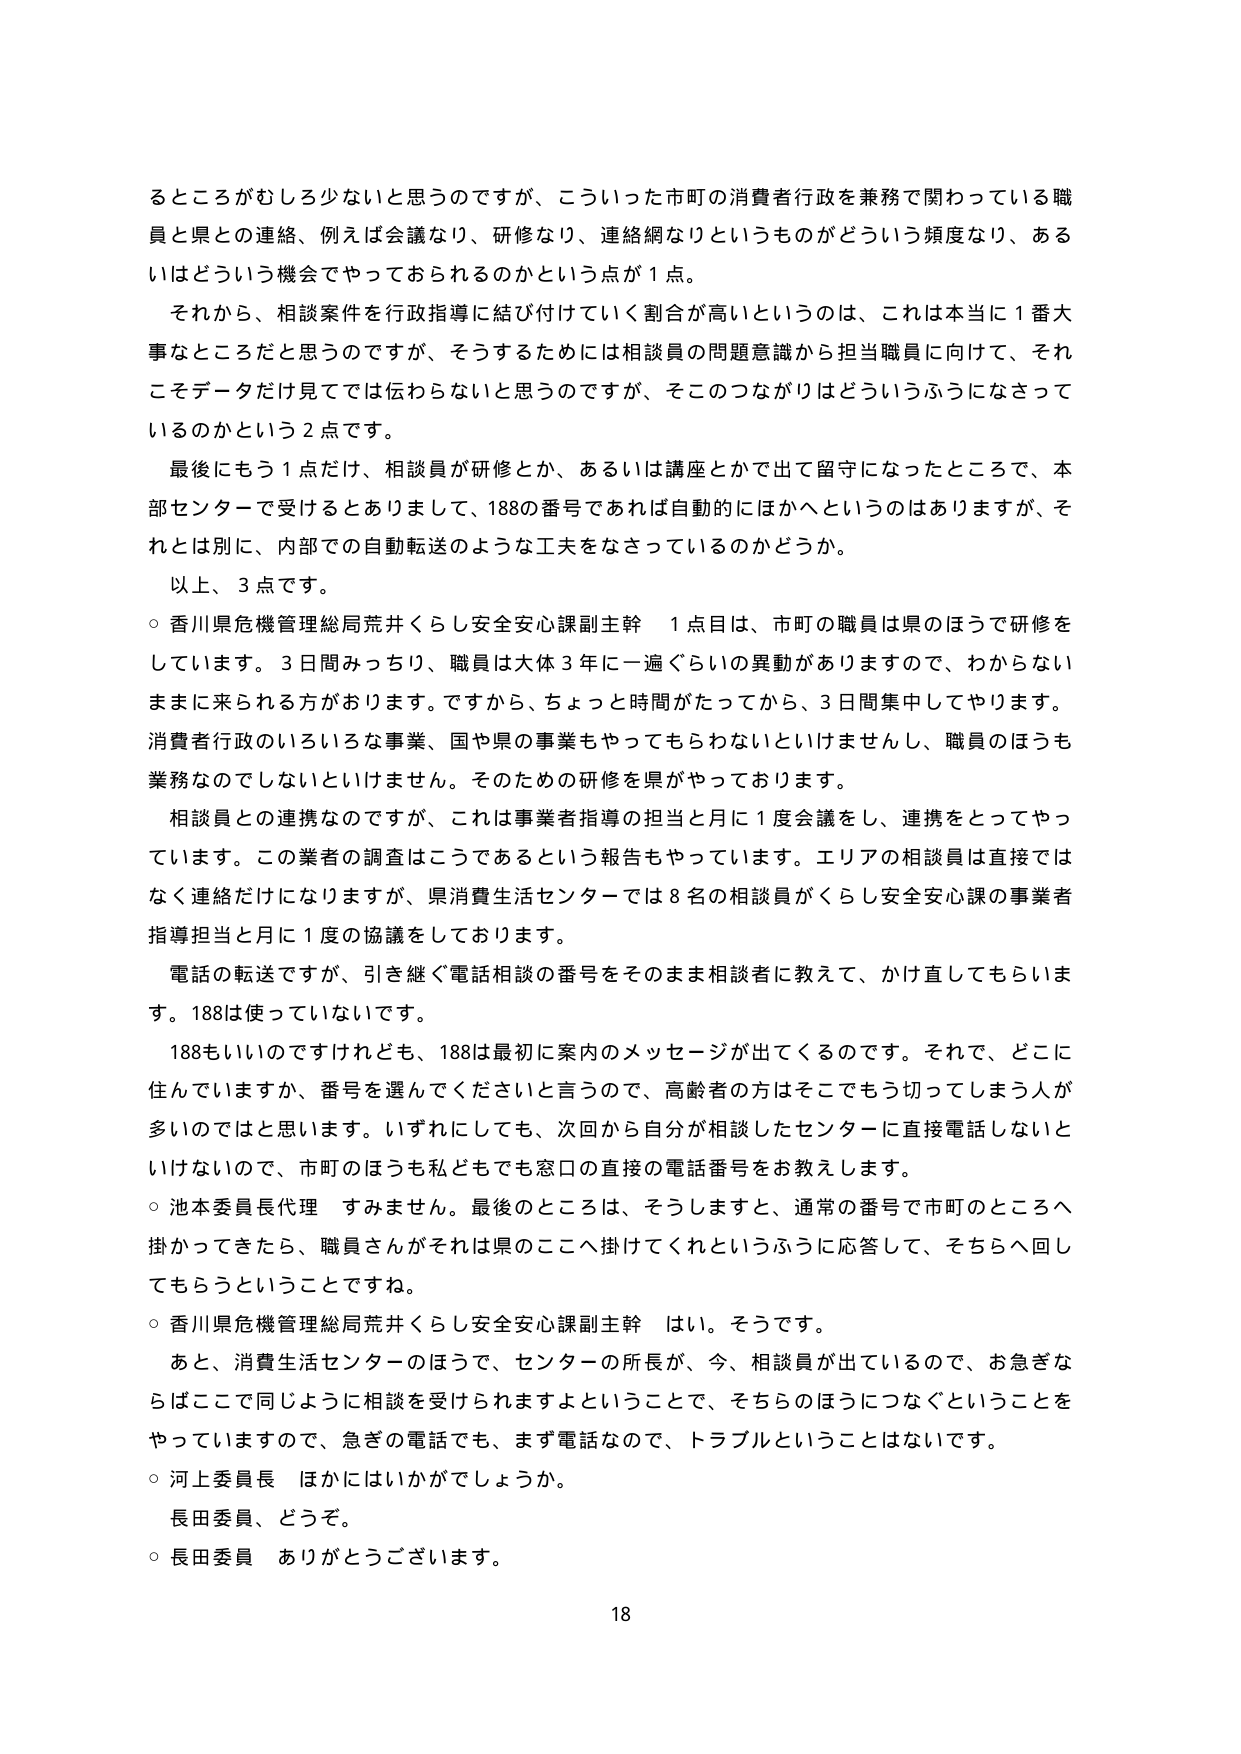
るところがむしろ少ないと思うのですが、こういった市町の消費者行政を兼務で関わっている職員と県との連絡、例えば会議なり、研修なり、連絡網なりというものがどういう頻度なり、あるいはどういう機会でやっておられるのかという点が１点。

それから、相談案件を行政指導に結び付けていく割合が高いというのは、これは本当に１番大事なところだと思うのですが、そうするためには相談員の問題意識から担当職員に向けて、それこそデータだけ見てでは伝わらないと思うのですが、そこのつながりはどういうふうになさっているのかという２点です。

最後にもう１点だけ、相談員が研修とか、あるいは講座とかで出て留守になったところで、本部センターで受けるとありまして、188の番号であれば自動的にほかへというのはありますが、それとは別に、内部での自動転送のような工夫をなさっているのかどうか。

以上、３点です。

○香川県危機管理総局荒井くらし安全安心課副主幹　１点目は、市町の職員は県のほうで研修をしています。３日間みっちり、職員は大体３年に一遍ぐらいの異動がありますので、わからないままに来られる方がおります。ですから、ちょっと時間がたってから、３日間集中してやります。消費者行政のいろいろな事業、国や県の事業もやってもらわないといけませんし、職員のほうも業務なのではないといけません。そのための研修を県がやっております。

相談員との連携なのですが、これは事業者指導の担当と月に１度会議をし、連携をとってやっています。この業者の調査はこうであるという報告もやっています。エリアの相談員は直接ではなく連絡だけになりますが、県消費生活センターでは８名の相談員がくらし安全安心課の事業者指導担当と月に１度の協議をしております。

電話の転送ですが、引き継ぐ電話相談の番号をそのまま相談者に教えて、かけ直してもらいます。188は使っていないです。

188もいいのですけれども、188は最初に案内のメッセージが出てくるのです。それで、どこに住んでいますか、番号を選んでくださいと言うので、高齢者の方はそこでもう切ってしまう人が多いのではと思います。いずれにしても、次回から自分が相談したセンターに直接電話しないといけないので、市町のほうも私どもでも窓口の直接の電話番号をお教えします。

○池本委員長代理　すみません。最後のところは、そうしますと、通常の番号で市町のところへ掛かってきたら、職員さんがそれは県のここへ掛けてくれというふうに応答して、そちらへ回してもらうということですね。

○香川県危機管理総局荒井くらし安全安心課副主幹　はい。そうです。

あと、消費生活センターのほうで、センターの所長が、今、相談員が出ているので、お急ぎならばここで同じように相談を受けられますよということで、そちらのほうにつなぐということをやっていますので、急ぎの電話でも、まず電話なので、トラブルということはないです。

○河上委員長　ほかにはいかがでしょうか。

長田委員、どうぞ。

○長田委員　ありがとうございます。

18